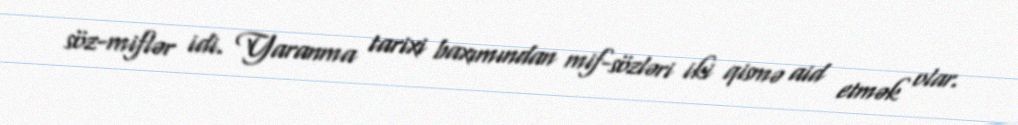
söz-miflər idi. Yaranma tarixi baxımından mif-sözləri iki qismə aid etmək olar.